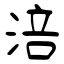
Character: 涪